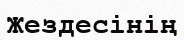
Жездесінің